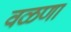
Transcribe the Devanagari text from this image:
वळणा